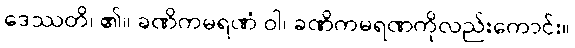
ဒေဿတိ၊ ၏။ ခဏိကမရဏံ ဝါ၊ ခဏိကမရဏကိုလည်းကောင်း။